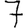
Digit: 7